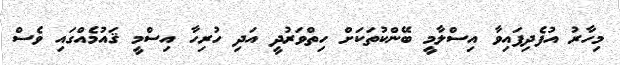
މިހާރު އުފެދިފައިވާ އިސްލާމީ ބޭންކުތަކަށް ހިތްވަރުދީ އަދި ހުރިހާ އިސްމީ ޤައުމެއްގައި ވެސް